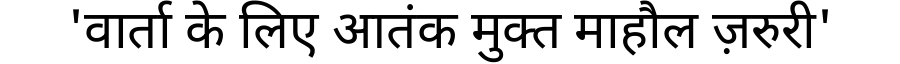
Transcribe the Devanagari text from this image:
'वार्ता के लिए आतंक मुक्त माहौल ज़रुरी'